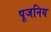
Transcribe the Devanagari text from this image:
पूजनिय